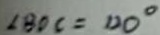
\angle B D C = D O ^ { \circ }